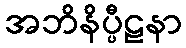
အဘိနိပ္ပီဠနာ